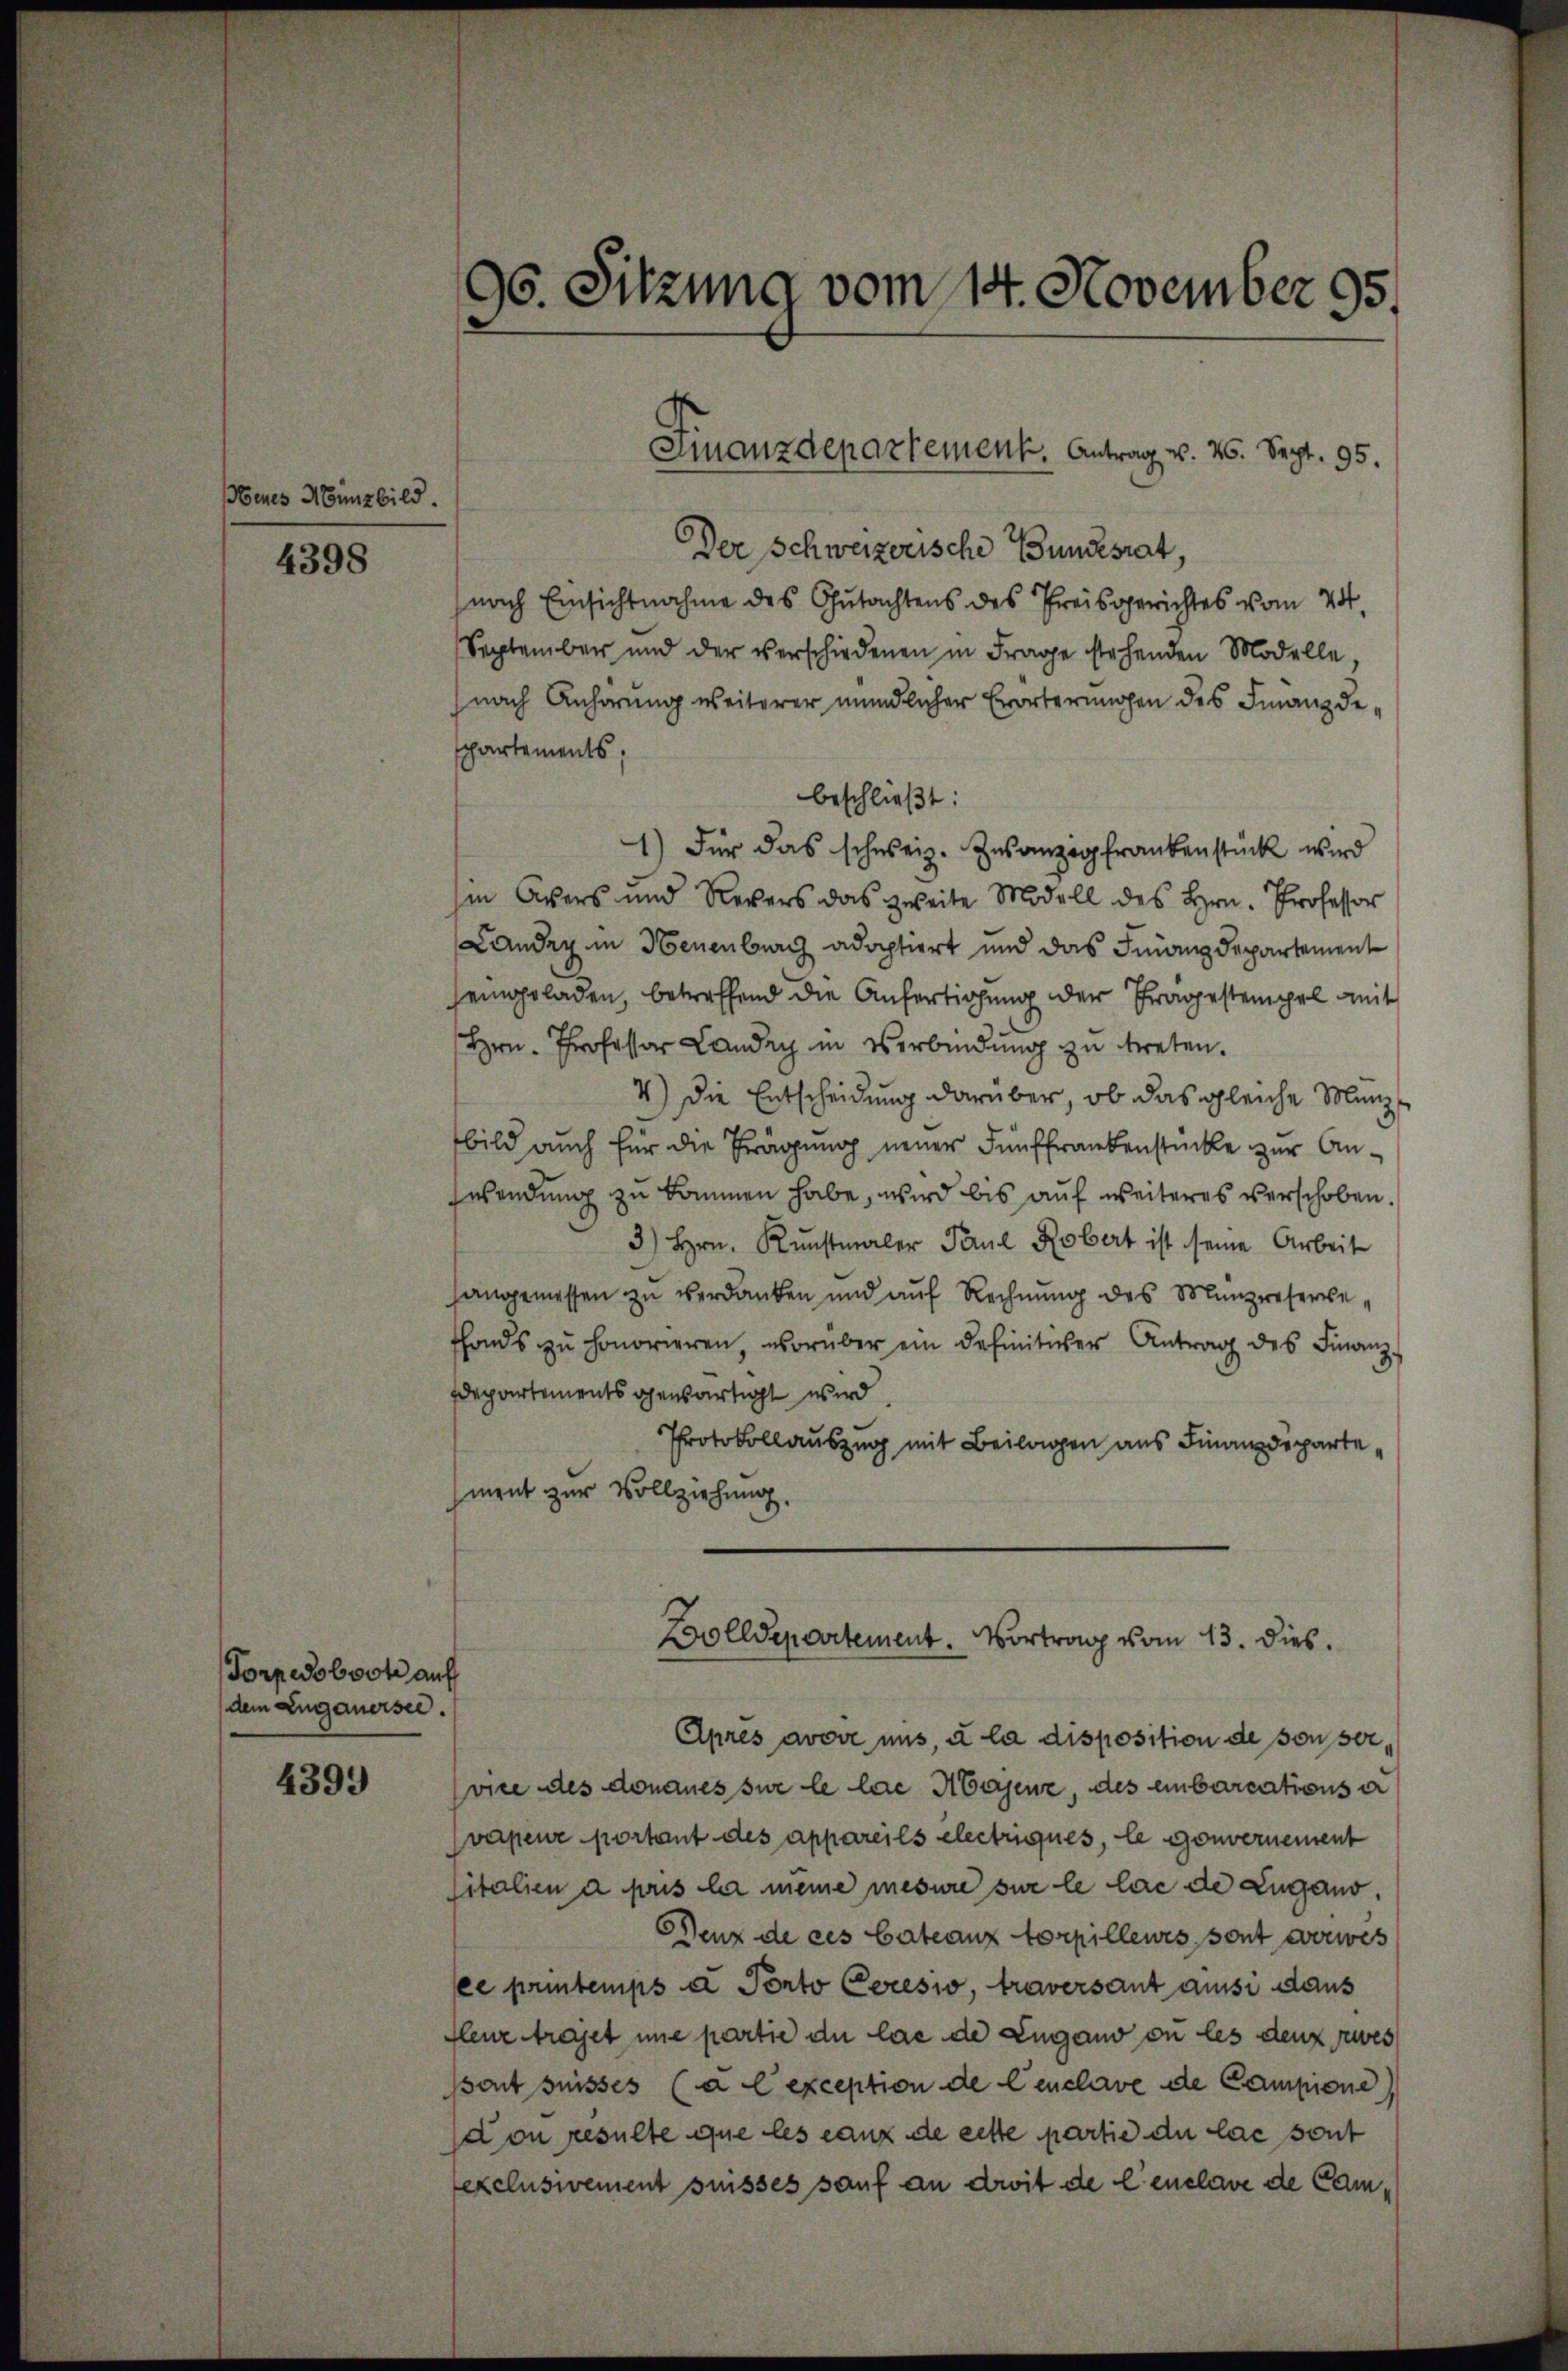
Henes Münzbild.

4398

Torpedoboote auf
dem Luganersee.

4399

Der Schweizerische Bundesrat,
nach Einsichtnahme des Gutachtens des Preisgerichtes vom 24.
September und der verschiedenen in Frage stehenden Modelle,
nach Anhörung weiterer mündlicher Erörterungen des Finanzdeppartements.
beschließt:
1) Für das schweiz. Insanzig frankenstück wird
hin Avers und Revers das zweite Modell des Hrn. Professor
Landen in Neuenburg adoptiert und das Finanzdepartement
jeingeladen, betreffend die Anfertigung der Fragestempel mit
Hrn. Professor Landry in Verbindung zu treten.
4.) Die Entscheidung darüber, ob das gleiche Münzbild auch für die Frägung neuer Fünffrankenstücke zur Answendung zu kommen habe, wird bis auf weiteres verschoben.
3) Hrn. Kunstmaler Paul Robert ist seine Arbeit
angemessen zŭ verdanken und aŭf Rechnŭng des Münzreserve-
fonds zŭ honorieren, worüber ein definitiver Antrag des Finanz-
departements gewärtigt wird
Protokollauszug mit Beilagen aus Finanzdepartement zur Vollziehung,

96. Sitzung vom 14. November 95.

Après avoir uns, à la disposition de sonser
vie des donaues sur le lae Abgrenz, des einbarcations a
vapeur portant des appareils electriques, le gouvernement
sitalien a pris la meine mesure sur le lac de Lugano,
Benz de ces Cateaux torpilleurs, sont verwes
sce printemps d Porto Ceresio, traversant aussi daus
fleur traget une partie du las de Lugano on les denn es
psont suisses (à l’exception de Cenclave de Campione
on resulte que les ganz de cette partie du lac sont
exclusivement suisses sauf an droit de l’enclave de Cam¬

Finanzdepartement. Antrag v. 26. Sept. 95.

Zolldepartement. Vortrag vom 13. dies